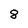
Character: 8